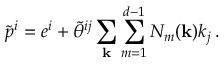
\tilde { p } ^ { i } = e ^ { i } + \tilde { \theta } ^ { i j } \sum _ { \bf k } \sum _ { m = 1 } ^ { d - 1 } N _ { m } ( { \bf k } ) k _ { j } \, .